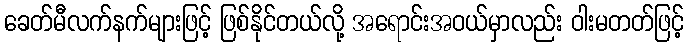
ခေတ်မီလက်နက်များဖြင့် ဖြစ်နိုင်တယ်လို့ အရောင်းအဝယ်မှာလည်း ဝါးမတတ်ဖြင့်